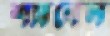
শ্যানেল